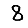
Digit: 8